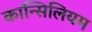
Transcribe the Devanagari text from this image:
कान्सिलियम